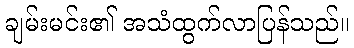
ချမ်းမင်း၏ အသံထွက်လာပြန်သည်။